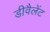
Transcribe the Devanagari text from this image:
डीवैलेंट